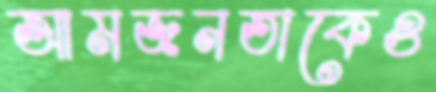
আমজনতাকেও